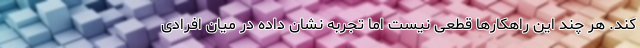
کند. هر چند این راهکارها قطعی نیست اما تجربه نشان داده در میان افرادی